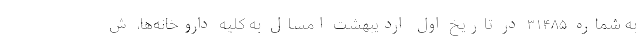
به شماره ۳۱۴۸۵ در تاریخ اول اردیبهشت امسال به کلیه داروخانه‌ها، ش